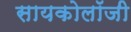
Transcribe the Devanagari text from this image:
सायकोलॉजी